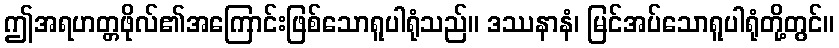
ဤအရဟတ္တဖိုလ်၏အကြောင်းဖြစ်သောရူပါရုံသည်။ ဒဿနာနံ၊ မြင်အပ်သောရူပါရုံတို့တွင်။